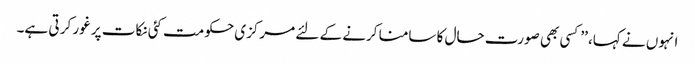
انہوں نے کہا، ’’کسی بھی صورت حال کا سامنا کرنے کے لئے مرکزی حکومت کئی نکات پر غور کر تی ہے۔